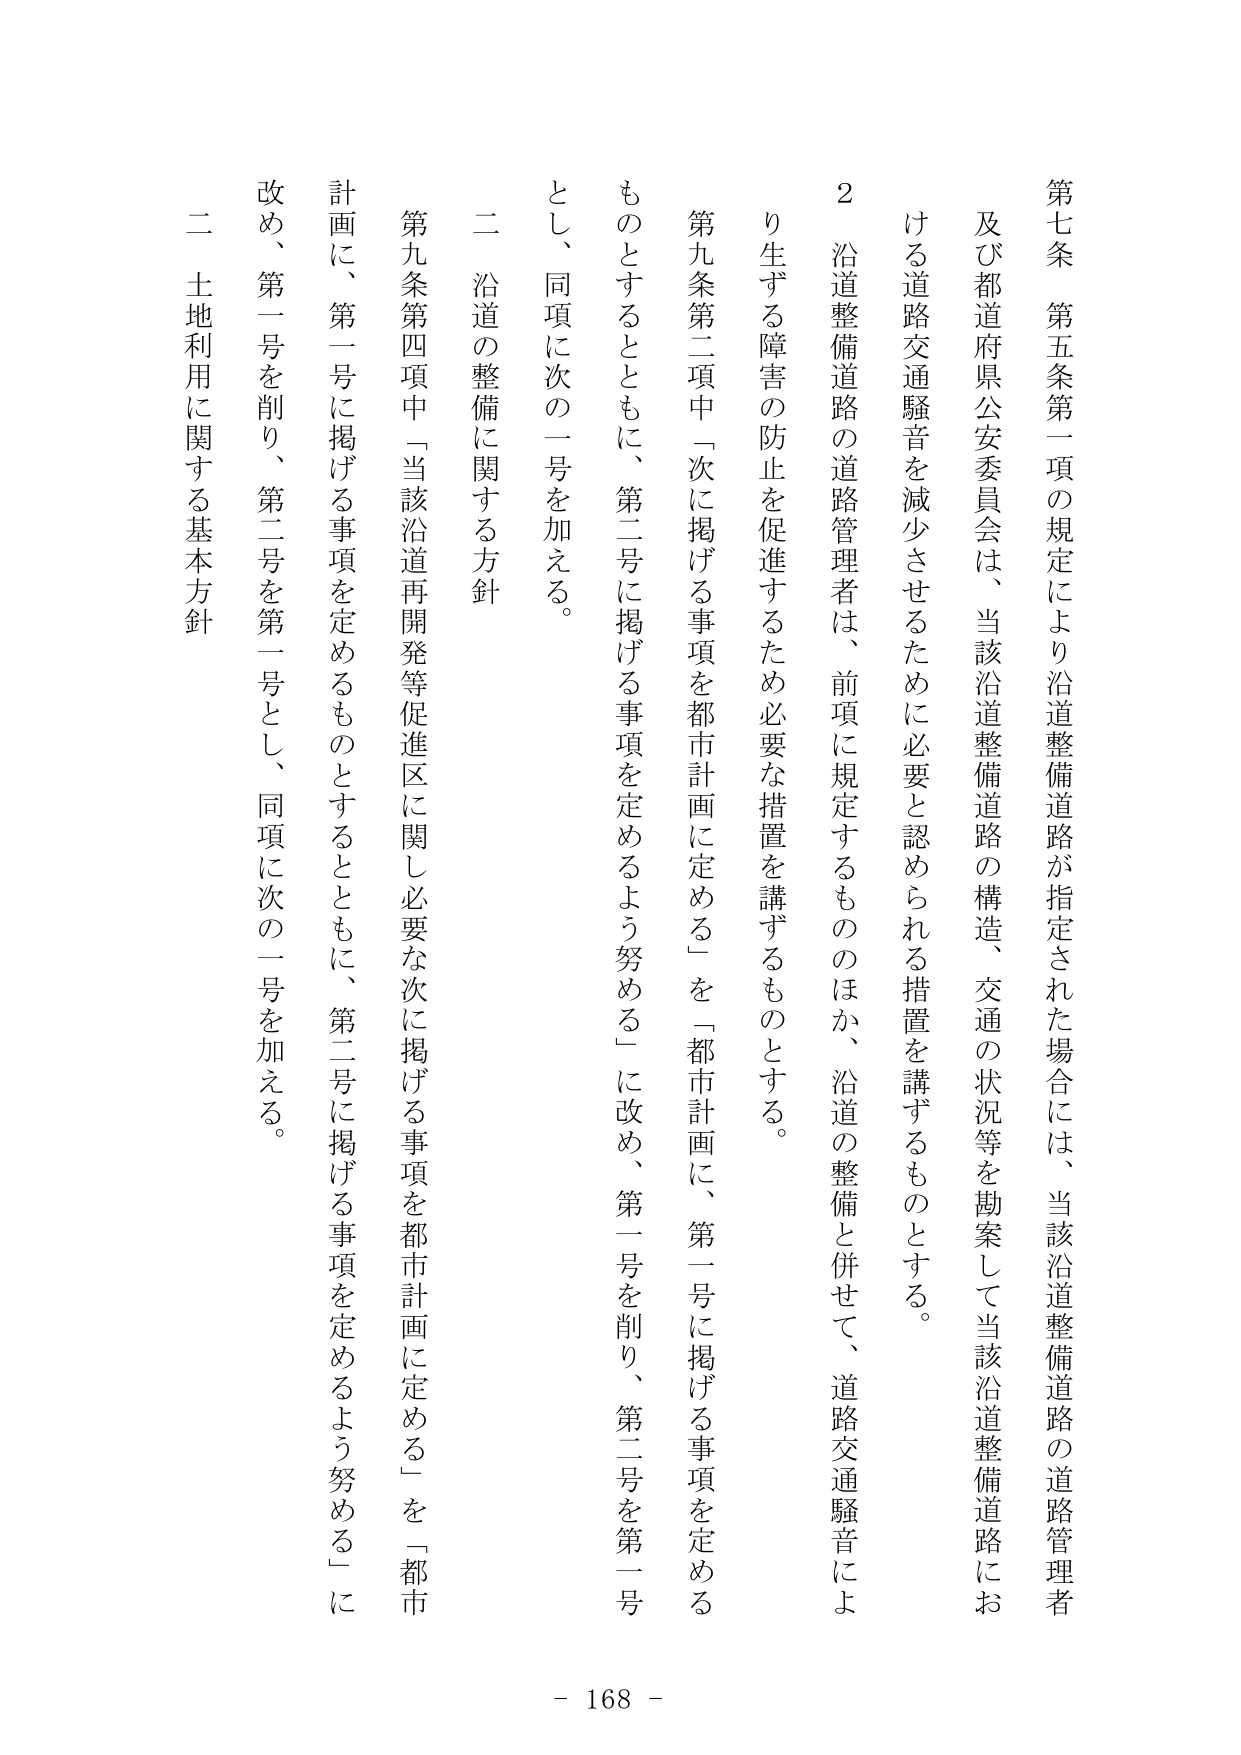
第七条　第五条第一項の規定により沿道整備道路が指定された場合には、当該沿道整備道路の道路管理者及び都道府県公安委員会は、当該沿道整備道路の構造、交通の状況等を勘案して当該沿道整備道路における道路交通騒音を減少させるために必要と認められる措置を講ずるものとする。

２　沿道整備道路の道路管理者は、前項に規定するもののほか、沿道の整備と併せて、道路交通騒音により生ずる障害の防止を促進するため必要な措置を講ずるものとする。

第九条第二項中「次に掲げる事項を都市計画に定める」を「都市計画に、第一号に掲げる事項を定めるものとするとともに、第二号に掲げる事項を定めるよう努める」に改め、第一号を削り、第二号を第一号とし、同項に次の一号を加える。

二　沿道の整備に関する方針

第九条第四項中「当該沿道再開発等促進区に関し必要な次に掲げる事項を都市計画に定める」を「都市計画に、第一号に掲げる事項を定めるものとするとともに、第二号に掲げる事項を定めるよう努める」に改め、第一号を削り、第二号を第一号とし、同項に次の一号を加える。

二　土地利用に関する基本方針

- 168 -